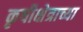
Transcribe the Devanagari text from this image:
कृषीक्षेत्राच्या